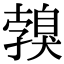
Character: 𦤣